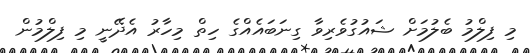
މި ފިލްމު ބެލުމަށް ޝައުގުވެރިވާ ގިނަބައެއްގެ ހިތް މިހާރު އެދޭނީ މި ފިލްމުން